Lunatic asylums Madras 1892-1911 - 1892-1911
Year: 1892
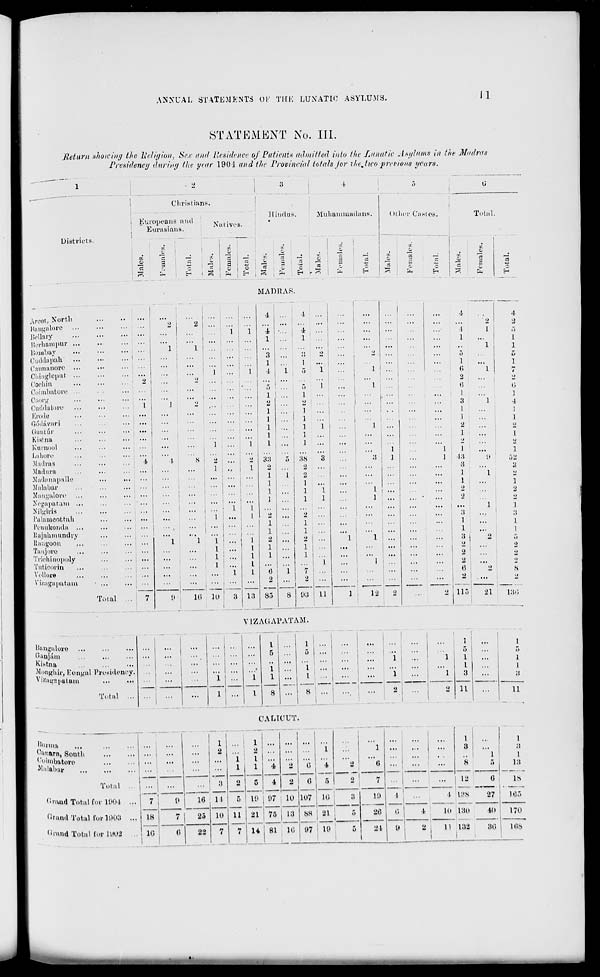
ANNUAL STATEMENTS OF THK LUNATIC ASYLUMS.
Jl
STATEMENT No. III.
Return showing the Religion, Sex and Residence of Patients admitted into the Lunatic Asylums in the Madras
Presidency during the year 1901 and the Provincial totals for ihejwo previous years.
Districts.
A root, Nor tli
Hangalore ••
Betlary
Berhampur ..
Bombay
Cuddapah' ..
Catraanoro ..
Oliinglepnt ..
Cochin
Coimbatoro
fjoorg
f iidil a lore
Erode
GoMavari
Guutur
Kistna
Kurnool
Lahore
Madras
Madura
Madanapalle
Malabar
Maugalovo
Ncgapatani .
Nilgiria
L'alamoottah
Penukondu
Rajahmnndvy
Rangoon
Tairj ore
Triohinopoly
Tutioorin
Vollore
Vizngiipiitaiu
•J
Christians
Europeans and
v . .
- „ l .
N;ilives.
Eurasians.
II indus.
Muharamaduns.
01
o
^
o
O i O : «
O
C
j2
-
p=(
H
S
PH
B ^
~
MADBAS.
Oilier Castes.
Total.
•J.
c
M
a.
C3
H
r*.
fc,
Total ... I 7
...
2
...
...
...
"l !
...
2
1
" l
...
...
...
...
...
...
...
4
i
...
...
...
i
...
...
...
"l
I ...
•••
7
<i
8 i
l(i H)
...
4
4
1
"i ■".' . "i
1
... ! 1
3
1 ...
1
1
1
4
1
5
► "
5
5
1.
1
2
•>
1
... j 1
1
... i 1
...
1
... ' 1
...
1
... ; i
1
I
... j i
2
33
5 j 38
1.
2
... ' 2
1
1
2
...
1
1
.
1
]
1
1
1
1
2
2
1
1
1 •••
1
1
1 1
2
2
1
1
. 1
1
1
1
I
I
0
1
7
...
2
...
2
13 85
8
03
11
12
<,
4
9
■>
1
1
.-,
L
1
..
1
1
<J
5
1
...
1
(>
1
7
2
•>
IS
1
6
i
3
J
4
1
1
1
2
•>
1
1
1
• ••
1
13
11
52
3
3
J
I
2
1
1
2
2
2
■>
...
1
J
:s
:'.
1
1.
1
1
3 ,
•>
<>
2
2
2
2
2
...
>)
0
•>
S
>>
115
21
L30
VIZAGAPATAM.
Bangalore
Ganjtlm
Kistna
Mongbir, Kongul Presidency.
• izagapatam
Total ..
—
1
1
1
...
1
...
...
.'.'.
5
o
...
...
...
i
...
1
5
I
...
.
1
I
...
t
...
...
1
1
...
1
1
1
8
1
...
...
l
...
1
3
1
...
8
...
••'.
...
2
•>
11
1
5
1
I
11
CALICUT
oiuuna
Oantra, South
•'"i'abatore
Malabar
Total
(; i'and Total for 11** • t
Crund Total for 1603
Crund Total for 1H02
18
10
" i
1
1
...
...
1
2
i
i
1
1
2
I
1
"4
•>
"6
1
4
...
...
2'
1
(5
!
;.*.'
.'.'.
1
3
8
. . . 1
"l i
5
1
1
18
...
...
3
2
5
4
2
0
5
0
7 ...
...
12
6 '
is
1
1
0
16
11
5
10 07
10 lu7 10
*
LO
1
...
1. U'S
'27
105
7
25
10
7
11
7
21
u
75
13
88
97 ii
10
5
20
I'.
I"
4
10 180
40
170
(5
22
81
, 10
21
«
!
"
132
1
30
108